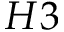
H 3